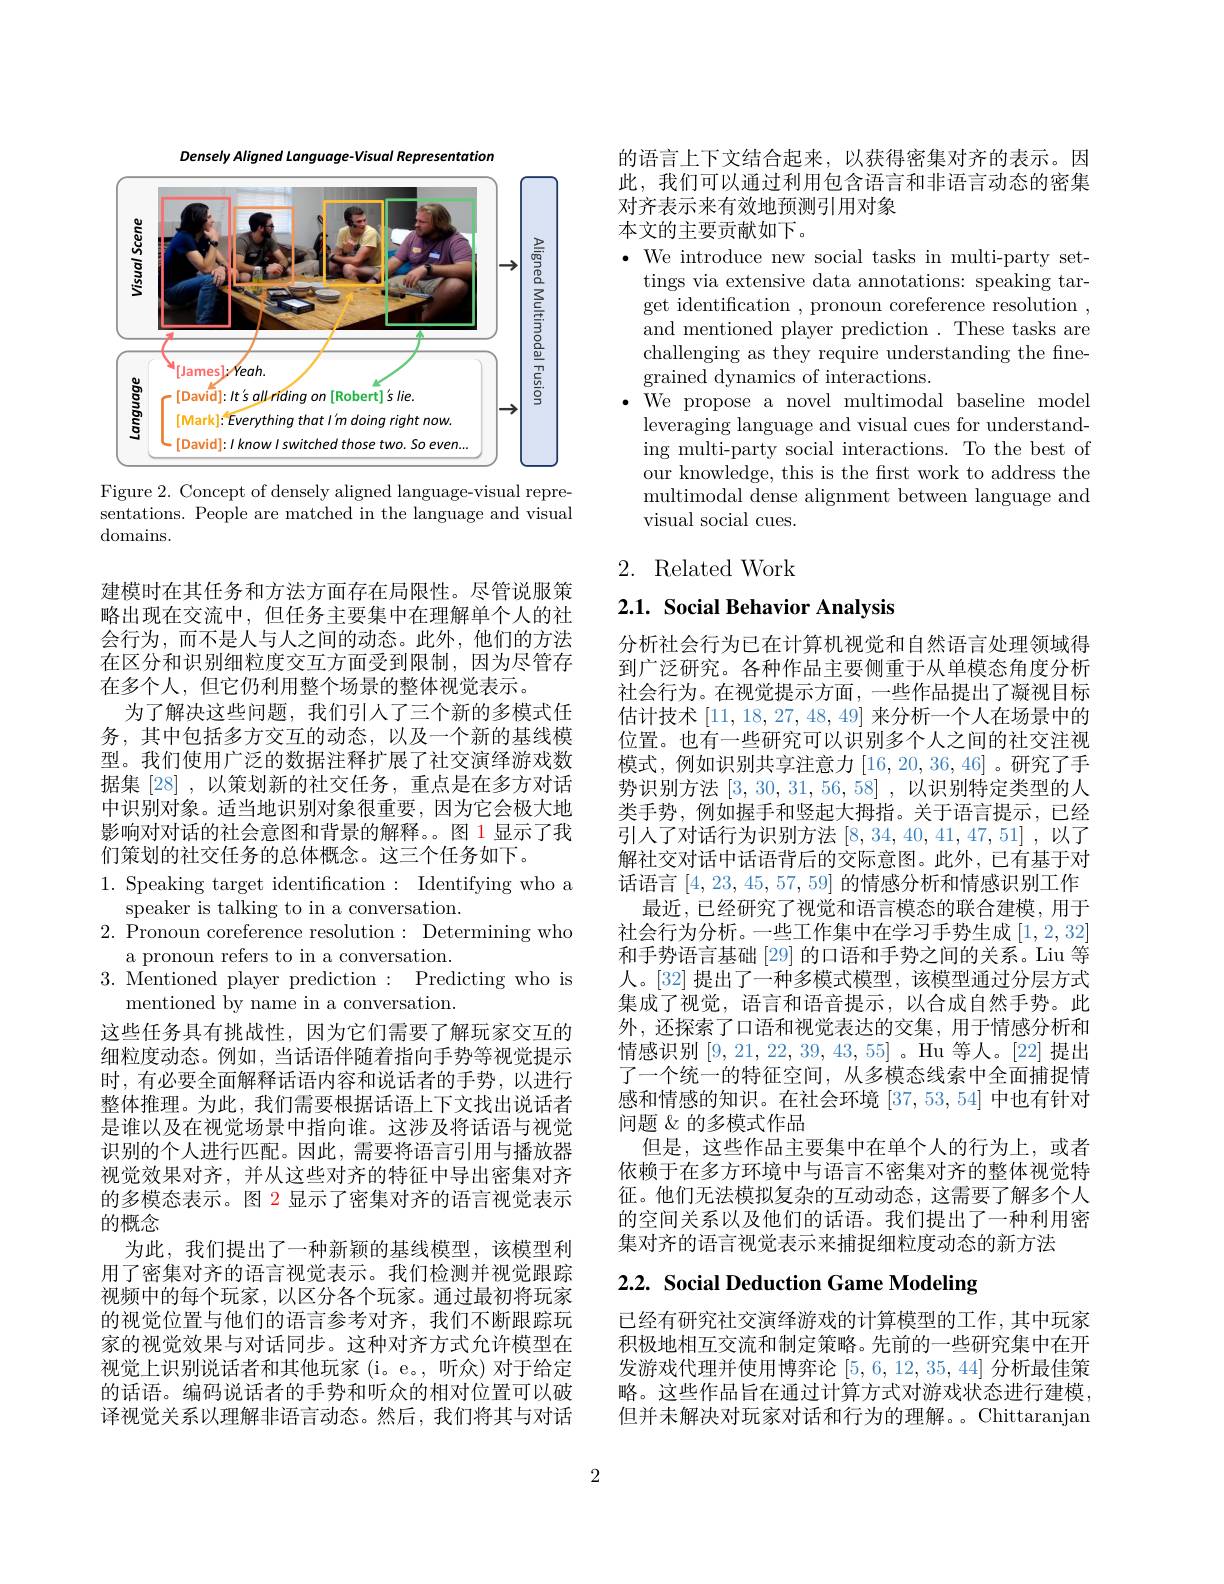
Densely Aligned Language- Visual Representation
<FigureHere>

Figure 2. Concept of densely aligned language-visual representations. People are matched in the language and visual domains.

建模时在其任务和方法方面存在局限性。尽管说服策略出现在交流中，但任务主要集中在理解单个人的社会行为，而不是人与人之间的动态。此外，他们的方法在区分和识别细粒度交互方面受到限制，因为尽管存在多个人，但它仍利用整个场景的整体视觉表示。
为了解决这些问题，我们引人了三个新的多模式任务，其中包括多方交互的动态，以及一个新的基线模型。我们使用广泛的数据注释扩展了社交演绎游戏数据集[28],以策划新的社交任务，重点是在多方对话中识别对象。适当地识别对象很重要，因为它会极大地影响对对话的社会意图和背景的解释。。图 1 显示了我们策划的社交任务的总体概念。这三个任务如下。

1. Speaking target identification: Identifying who a
$\underline{\text{speaker is talking to in a conversation}}.$
2. Pronoun coreference resolution: Determining who
a pronoun refers to in a conversation.
3. Mentioned player prediction: Predicting who is
mentioned by name in a conversation.
这些任务具有挑战性，因为它们需要了解玩家交互的细粒度动态。例如，当话语伴随着指向手势等视觉提示时，有必要全面解释话语内容和说话者的手势，以进行整体推理。为此，我们需要根据话语上下文找出说话者是谁以及在视觉场景中指向谁。这涉及将话语与视觉识别的个人进行匹配。因此，需要将语言引用与播放器视觉效果对齐，并从这些对齐的特征中导出密集对齐的多模态表示。图 2 显示了密集对齐的语言视觉表示的概念
为此，我们提出了一种新颖的基线模型，该模型利用了密集对齐的语言视觉表示。我们检测并视觉跟踪视频中的每个玩家，以区分各个玩家。通过最初将玩家的视觉位置与他们的语言参考对齐，我们不断跟踪玩家的视觉效果与对话同步。这种对齐方式允许模型在视觉上识别说话者和其他玩家(i。e。,听众)对于给定的话语。编码说话者的手势和听众的相对位置可以破译视觉关系以理解非语言动态。然后，我们将其与对话

的语言上下文结合起来，以获得密集对齐的表示。因此，我们可以通过利用包含语言和非语言动态的密集对齐表示来有效地预测引用对象
本文的主要贡献如下。

$\bullet$ We introduce new social tasks in multi-party set-
tings via extensive data annotations: speaking target identification , pronoun coreference resolution , and mentioned player prediction. These tasks are challenging as they require understanding the finegrained dynamics of interactions.
$\bullet$ We propose a novel multimodal baseline model
leveraging language and visual cues for understanding multi-party social interactions. To the best of our knowledge, this is the first work to address the multimodal dense alignment between language and visual social cues.

2. Related Work

2.1. Social Behavior Analysis

分析社会行为已在计算机视觉和自然语言处理领域得到广泛研究。各种作品主要侧重于从单模态角度分析社会行为。在视觉提示方面，一些作品提出了凝视目标估计技术[11,18,27,48,49]来分析一个人在场景中的位置。也有一些研究可以识别多个人之间的社交注视模式，例如识别共享注意力[16,20,36,46] 。研究了手势识别方法[3,30,31,56,58] ,以识别特定类型的人类手势，例如握手和竖起大拇指。关于语言提示，已经引入了对话行为识别方法[8,34,40,41,47,51],以了解社交对话中话语背后的交际意图。此外，已有基于对话语言[4,23,45,57,59]的情感分析和情感识别工作
最近，已经研究了视觉和语言模态的联合建模，用于社会行为分析。一些工作集中在学习手势生成[1,2,32] 和手势语言基础[29] 的口语和手势之间的关系。Liu 等人。[32] 提出了一种多模式模型，该模型通过分层方式集成了视觉，语言和语音提示，以合成自然手势。此外，还探索了口语和视觉表达的交集，用于情感分析和情感识别[9,21,22,39,43,55] 。Hu 等人。[22] 提出了一个统一的特征空间，从多模态线索中全面捕捉情感和情感的知识。在社会环境[37,53,54]中也有针对问题 &的多模式作品
但是，这些作品主要集中在单个人的行为上，或者依赖于在多方环境中与语言不密集对齐的整体视觉特征。他们无法模拟复杂的互动动态，这需要了解多个人的空间关系以及他们的话语。我们提出了一种利用密集对齐的语言视觉表示来捕捉细粒度动态的新方法

# 2.2. Social Deduction Game Modeling

已经有研究社交演绎游戏的计算模型的工作，其中玩家积极地相互交流和制定策略。先前的一些研究集中在开发游戏代理并使用博弈论[5,6,12,35,44]分析最佳策略。这些作品旨在通过计算方式对游戏状态进行建模但并未解决对玩家对话和行为的理解。。Chittaranjan

2